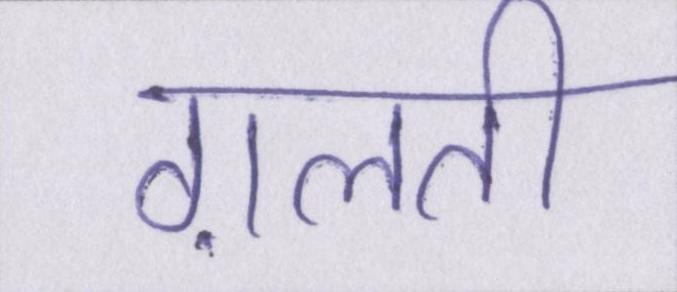
ग़लती